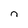
Character: n